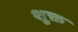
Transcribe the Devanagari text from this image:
शुक्त